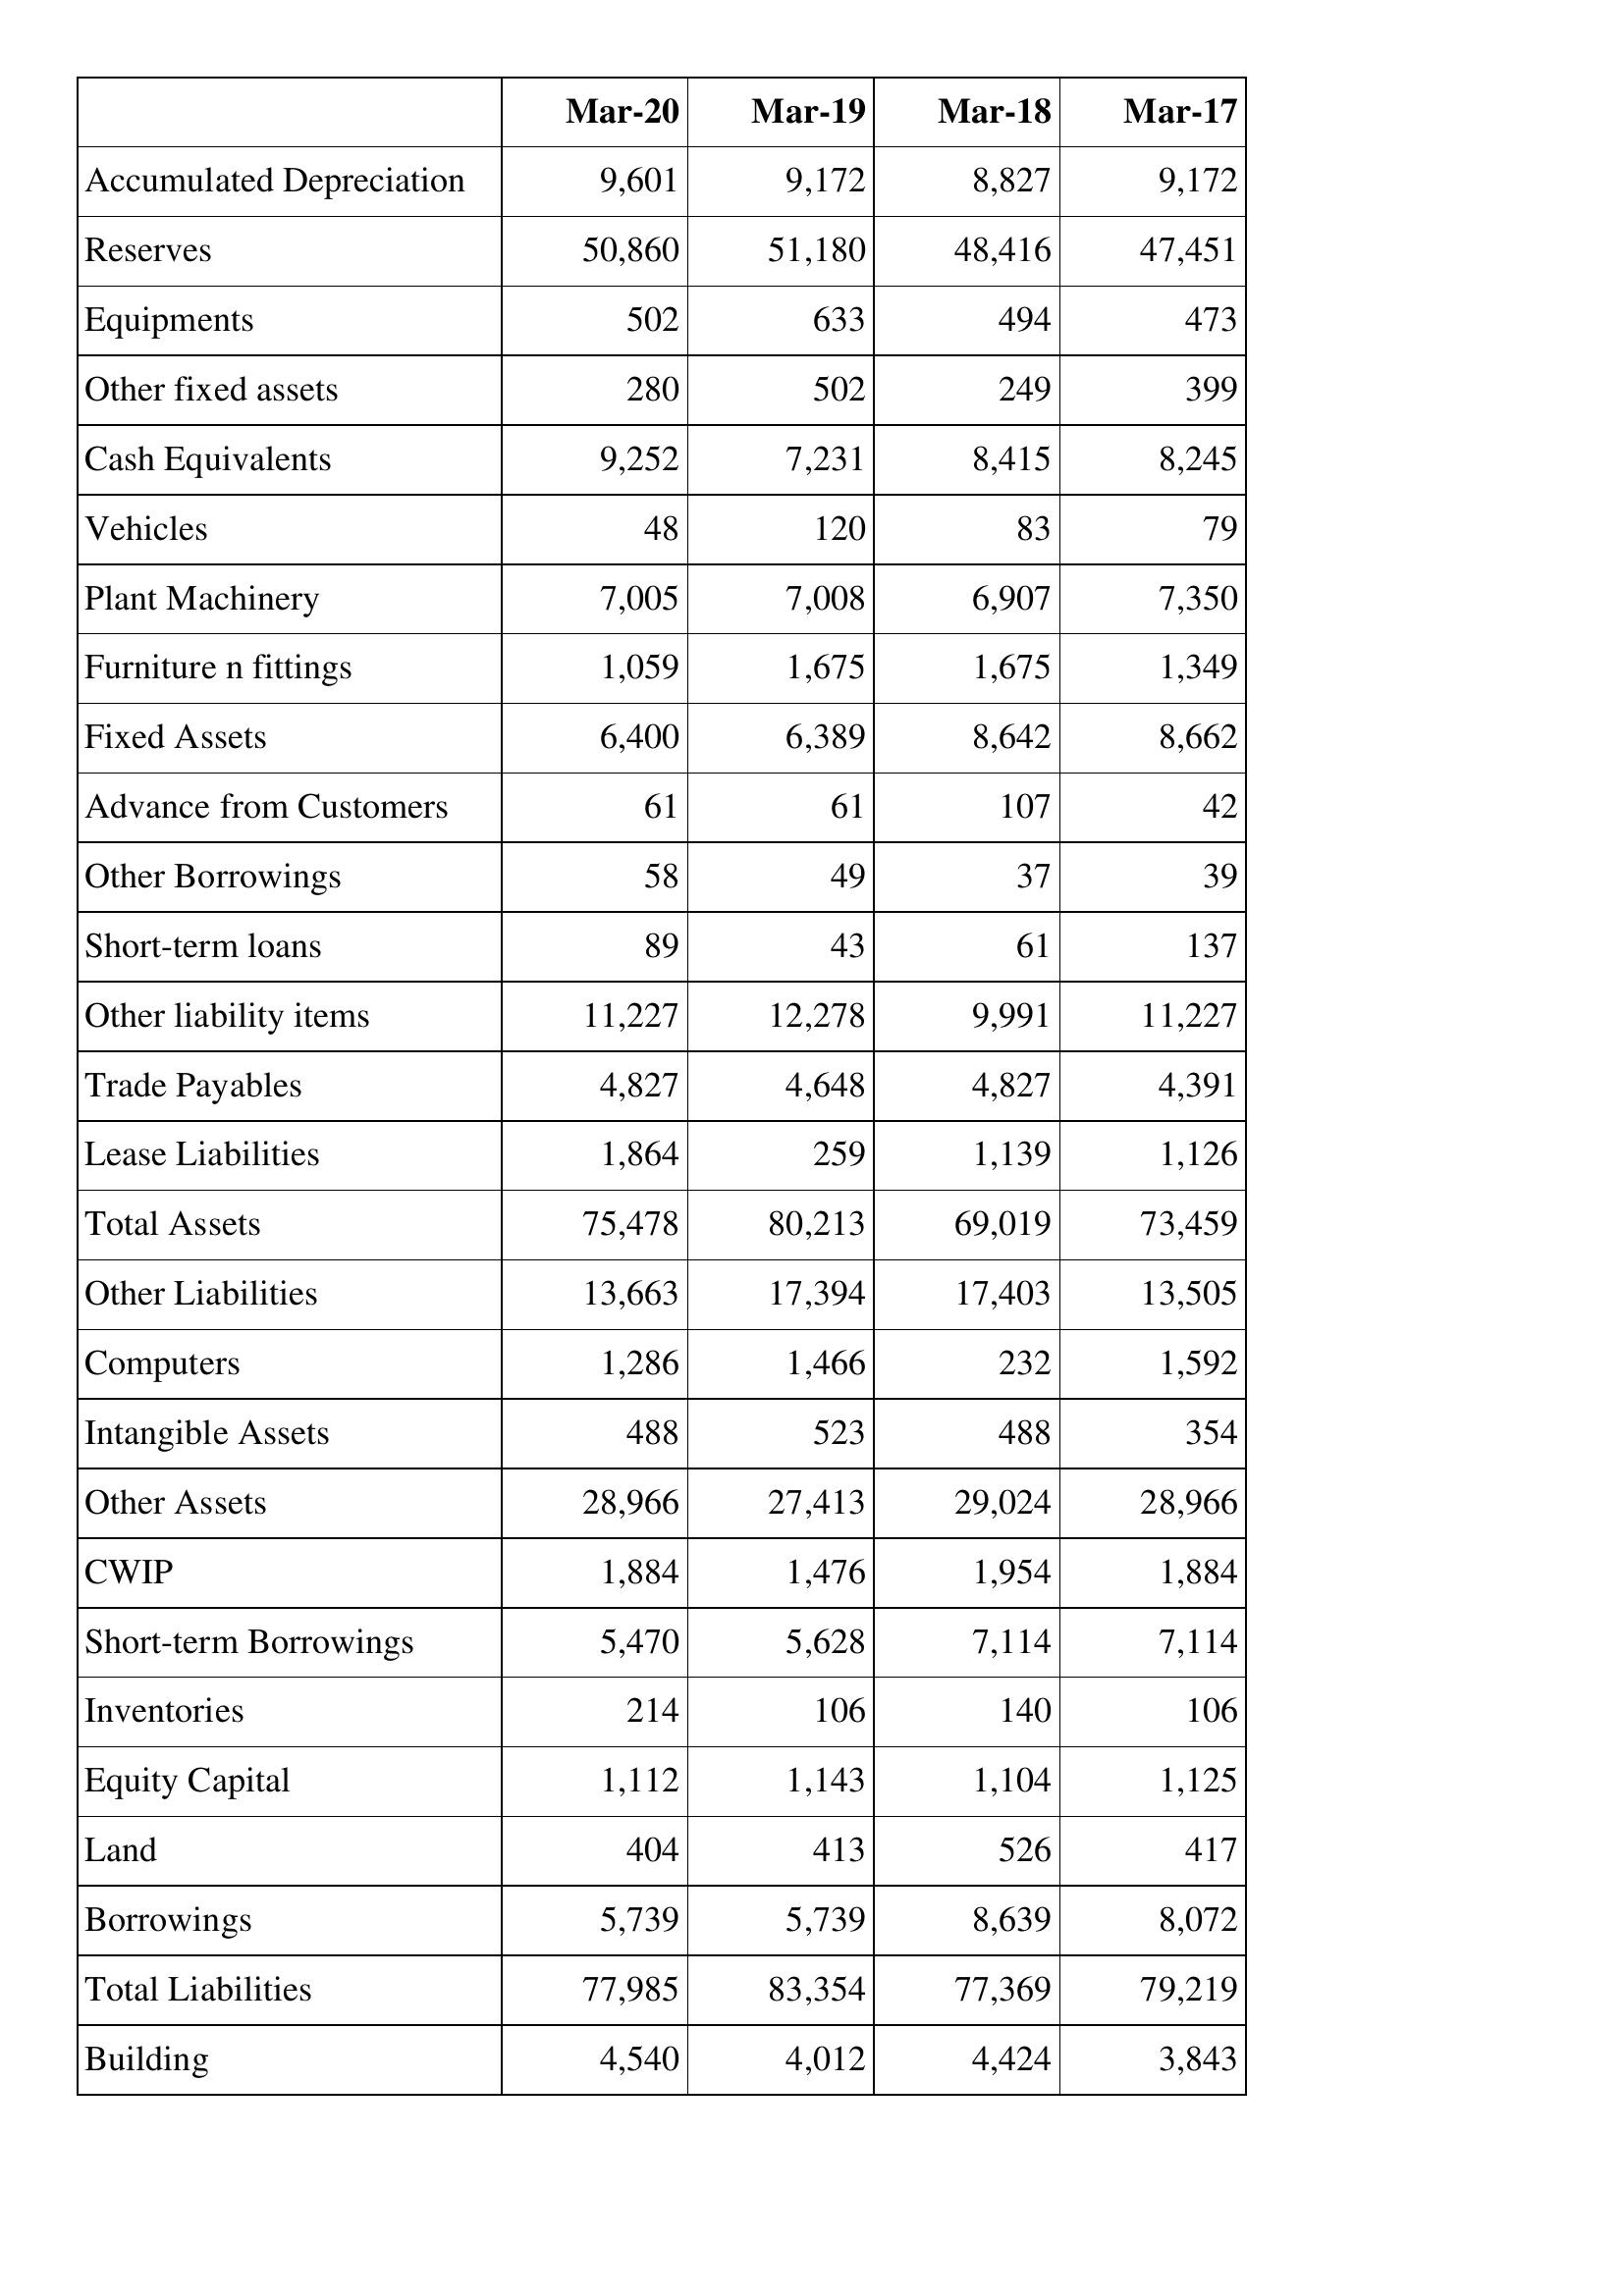
Mar-20: Balance Sheet: Accumulated Depreciation: 9,601
Reserves: 50,860
Equipments: 502
Other fixed assets: 280
Cash Equivalents: 9,252
Vehicles: 48
Plant Machinery: 7,005
Furniture n fittings: 1,059
Fixed Assets: 6,400
Advance from Customers: 61
Other Borrowings: 58
Short-term loans: 89
Other liability items: 11,227
Trade Payables: 4,827
Lease Liabilities: 1,864
Total Assets: 75,478
Other Liabilities: 13,663
Computers: 1,286
Intangible Assets: 488
Other Assets: 28,966
CWIP: 1,884
Short-term Borrowings: 5,470
Inventories: 214
Equity Capital: 1,112
Land: 404
Borrowings: 5,739
Total Liabilities: 77,985
Building: 4,540
Mar-19: Balance Sheet: Accumulated Depreciation: 9,172
Reserves: 51,180
Equipments: 633
Other fixed assets: 502
Cash Equivalents: 7,231
Vehicles: 120
Plant Machinery: 7,008
Furniture n fittings: 1,675
Fixed Assets: 6,389
Advance from Customers: 61
Other Borrowings: 49
Short-term loans: 43
Other liability items: 12,278
Trade Payables: 4,648
Lease Liabilities: 259
Total Assets: 80,213
Other Liabilities: 17,394
Computers: 1,466
Intangible Assets: 523
Other Assets: 27,413
CWIP: 1,476
Short-term Borrowings: 5,628
Inventories: 106
Equity Capital: 1,143
Land: 413
Borrowings: 5,739
Total Liabilities: 83,354
Building: 4,012
Mar-18: Balance Sheet: Accumulated Depreciation: 8,827
Reserves: 48,416
Equipments: 494
Other fixed assets: 249
Cash Equivalents: 8,415
Vehicles: 83
Plant Machinery: 6,907
Furniture n fittings: 1,675
Fixed Assets: 8,642
Advance from Customers: 107
Other Borrowings: 37
Short-term loans: 61
Other liability items: 9,991
Trade Payables: 4,827
Lease Liabilities: 1,139
Total Assets: 69,019
Other Liabilities: 17,403
Computers: 232
Intangible Assets: 488
Other Assets: 29,024
CWIP: 1,954
Short-term Borrowings: 7,114
Inventories: 140
Equity Capital: 1,104
Land: 526
Borrowings: 8,639
Total Liabilities: 77,369
Building: 4,424
Mar-17: Balance Sheet: Accumulated Depreciation: 9,172
Reserves: 47,451
Equipments: 473
Other fixed assets: 399
Cash Equivalents: 8,245
Vehicles: 79
Plant Machinery: 7,350
Furniture n fittings: 1,349
Fixed Assets: 8,662
Advance from Customers: 42
Other Borrowings: 39
Short-term loans: 137
Other liability items: 11,227
Trade Payables: 4,391
Lease Liabilities: 1,126
Total Assets: 73,459
Other Liabilities: 13,505
Computers: 1,592
Intangible Assets: 354
Other Assets: 28,966
CWIP: 1,884
Short-term Borrowings: 7,114
Inventories: 106
Equity Capital: 1,125
Land: 417
Borrowings: 8,072
Total Liabilities: 79,219
Building: 3,843